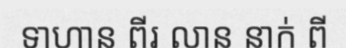
ទាហាន ពីរ លាន នាក់ ពី